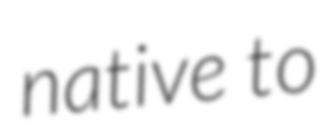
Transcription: native to